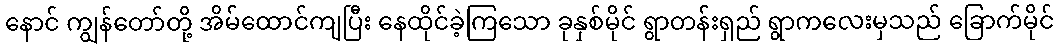
နောင် ကျွန်တော်တို့ အိမ်ထောင်ကျပြီး နေထိုင်ခဲ့ကြသော ခုနှစ်မိုင် ရွာတန်းရှည် ရွာကလေးမှသည် ခြောက်မိုင်